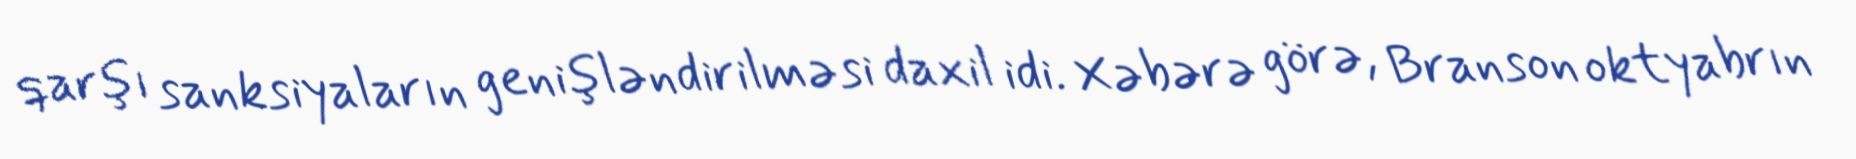
qarşı sanksiyaların genişləndirilməsi daxil idi. Xəbərə görə, Branson oktyabrın